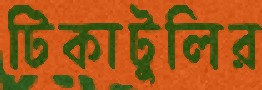
টিকাটুলির